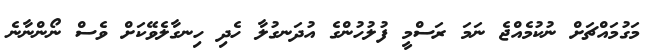
މަގުމައްޗަށް ނުކުމެއްޖެ ނަމަ ރަސްމީ ފުލުހުންގެ އުދަނގުލާ ހެދި ހިނގާލެވޭކަށް ވެސް ނޯންނާނެ